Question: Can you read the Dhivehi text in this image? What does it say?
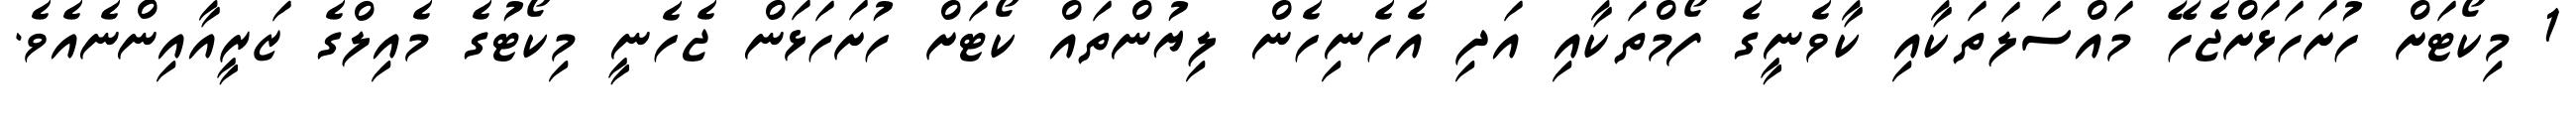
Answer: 1 މިކޯޓަށް ހުށަހަޅަށްޖެހޭ މައްސަލަތަކާއި ކާވެނީގެ ފޯމްތަކާއި އަދި އެހެނިހެން ލިޔުންތައް ކޯޓަށް ހުށަހަޅަން ޖެހެނީ މިކޯޓުގެ މެއިލްގެ ޒަރީއާއިންނެއެވެ.